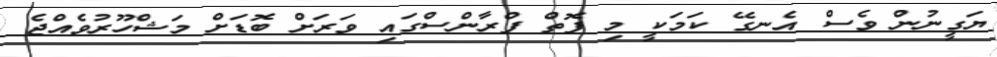
ޔަގީނުން ވެސް އެނގޭ ކަމަކީ މި ފޮތް ފްރާންސްގައި ވަރަށް ބޮޑަށް މަޝްހޫރުވެއްޖެ